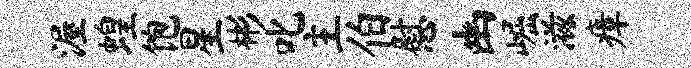
渥蝗饱星彬叱主伯慰幽崛滋瘴